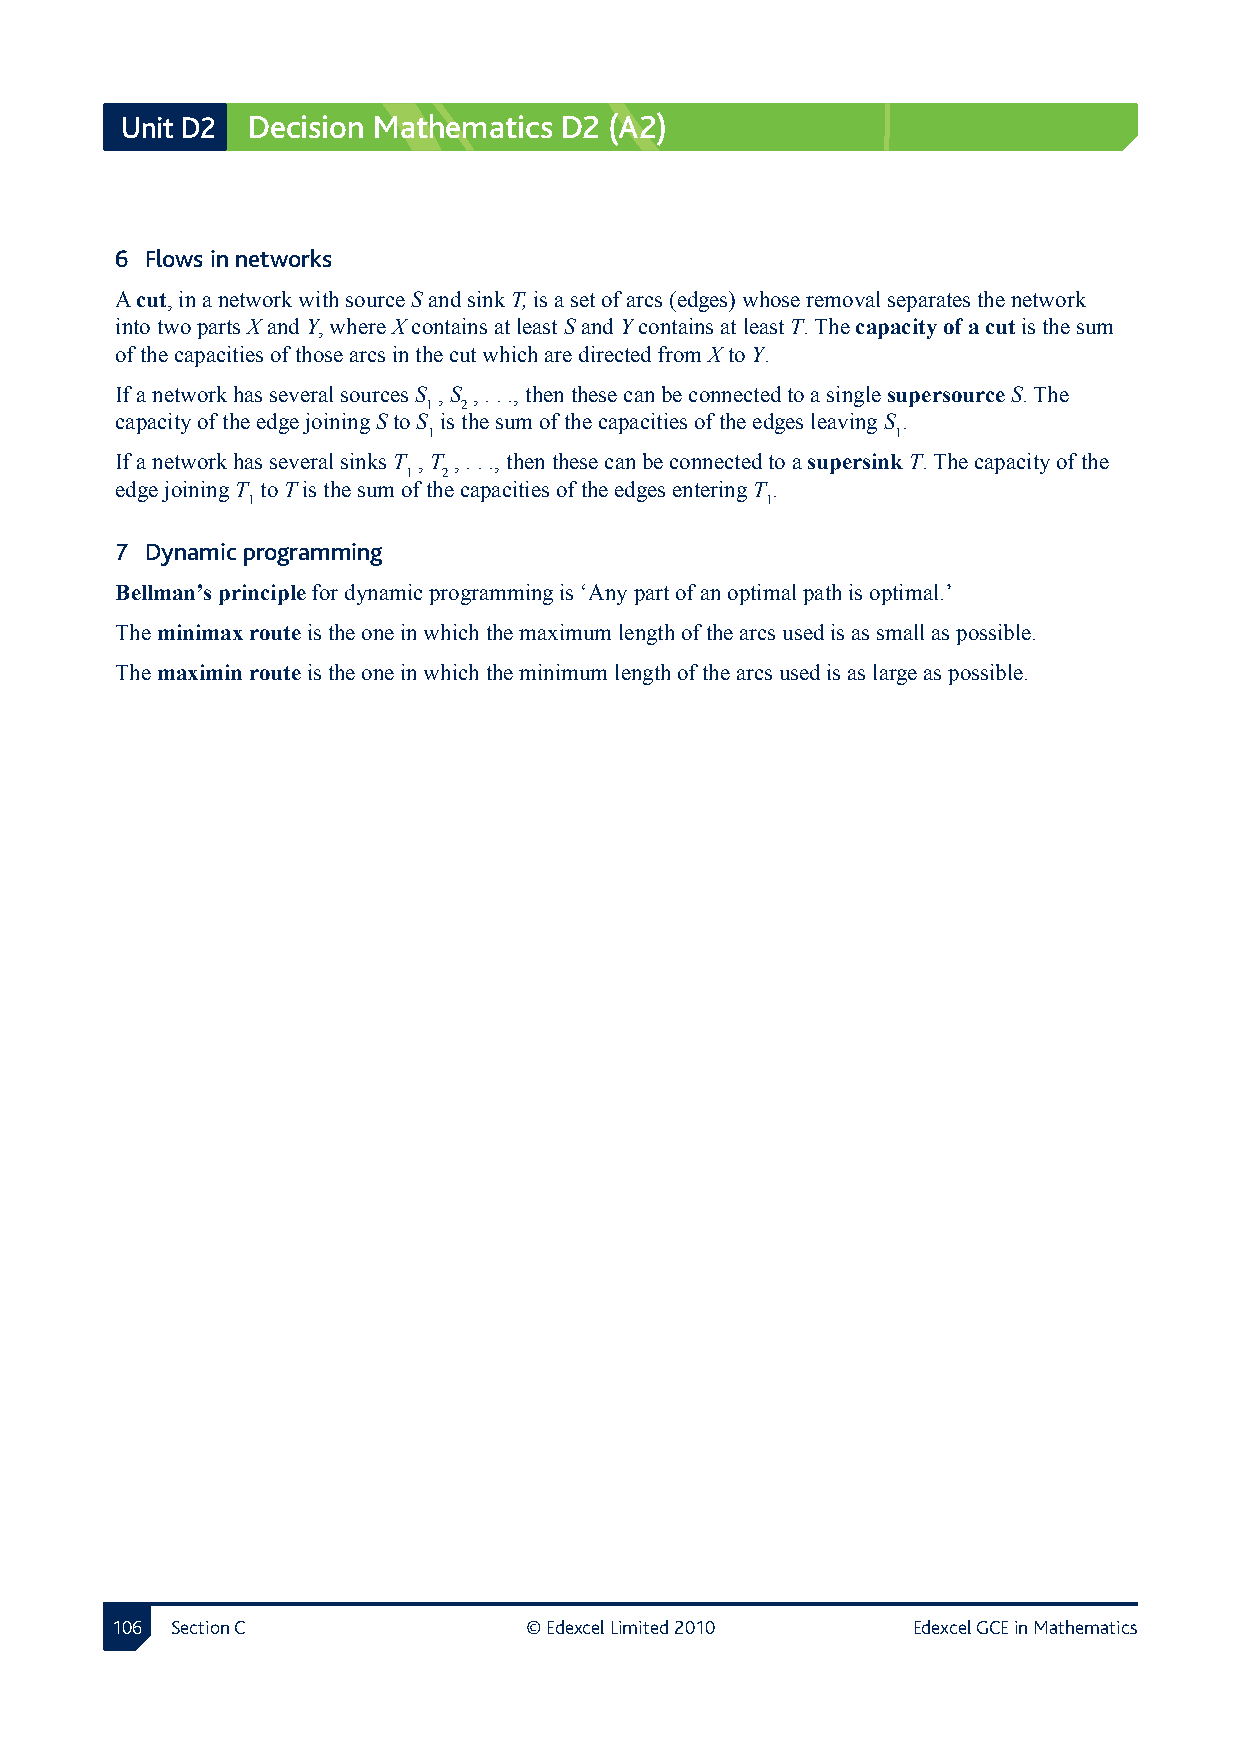
Unit D2 Decision Mathematics D2 (A2)
 6 Flows in networks
 A cut, in a network with source S and sink T, is a set of arcs (edges) whose removal separates the network
 into two parts X and Y, where X contains at least S and Y contains at least T. The capacity of a cut is the sum
 of the capacities of those arcs in the cut which are directed from X to Y.
 If a network has several sources S , S , . . ., then these can be connected to a single supersource S. The
 1  2
 capacity of the edge joining S to S is the sum of the capacities of the edges leaving S .
 1                              1
 If a network has several sinks T , T , . . ., then these can be connected to a supersink T. The capacity of the
 1 2
 edge joining T to T is the sum of the capacities of the edges entering T .
 1                                  1
 7 Dynamic programming
 Bellman’s principle for dynamic programming is ‘Any part of an optimal path is optimal.’
 The minimax route is the one in which the maximum length of the arcs used is as small as possible.
 The maximin route is the one in which the minimum length of the arcs used is as large as possible.
 10 Section C               © Edexcel Limited 2010   Edexcel GCE in Mathematics